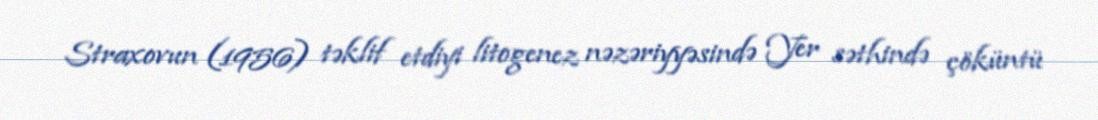
Straxovun (1956) təklif etdiyi litogenez nəzəriyyəsində Yer səthində çöküntü